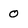
Character: 0